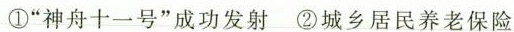
①”神舟十一号”成功发射 ②城乡居民养老保险